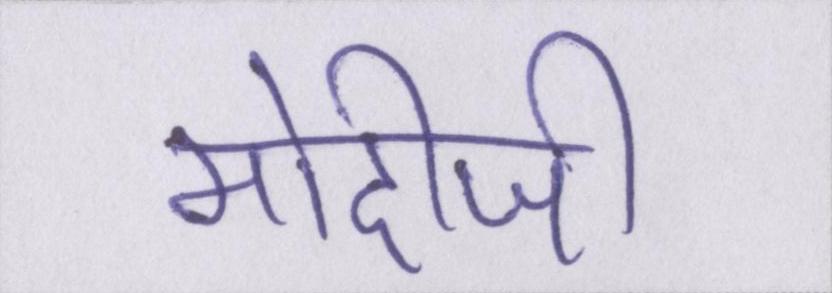
मोदीजी